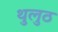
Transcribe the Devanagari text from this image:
थुलुठ